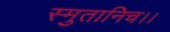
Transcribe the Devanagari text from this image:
स्मुतानिच।।